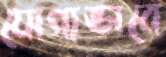
যোগ্যভাবে